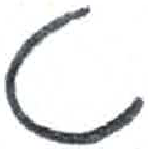
אות: ט